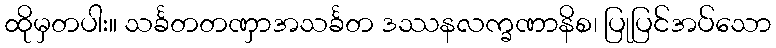
ထိုမှတပါး။ သင်္ခတတဏှာအသင်္ခတ ဒဿနလက္ခဏာနိစ၊ ပြုပြင်အပ်သော